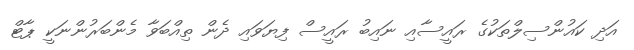
އަދި ކައުންސިލްތަކުގެ ރައީސާއި ނައިބު ރައީސް ފިޔަވައި ދެން ތިއްބަވާ މެންބަރުންނަކީ ޕާޓް